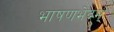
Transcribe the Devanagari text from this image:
भाषणभेदम्